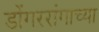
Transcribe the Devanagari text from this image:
डोंगररांगाच्या